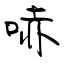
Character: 哧